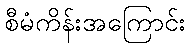
စီမံကိန်းအကြောင်း